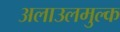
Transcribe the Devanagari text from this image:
अलाउलमुल्क